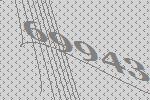
69943